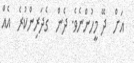
އަށް  ދޭ މީހުންނެވެ. ދެން  ގެދަރިންކުރެ  އެއް